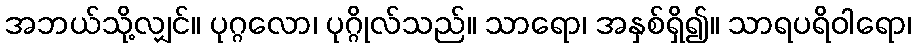
အဘယ်သို့လျှင်။ ပုဂ္ဂလော၊ ပုဂ္ဂိုလ်သည်။ သာရော၊ အနှစ်ရှိ၍။ သာရပရိဝါရော၊